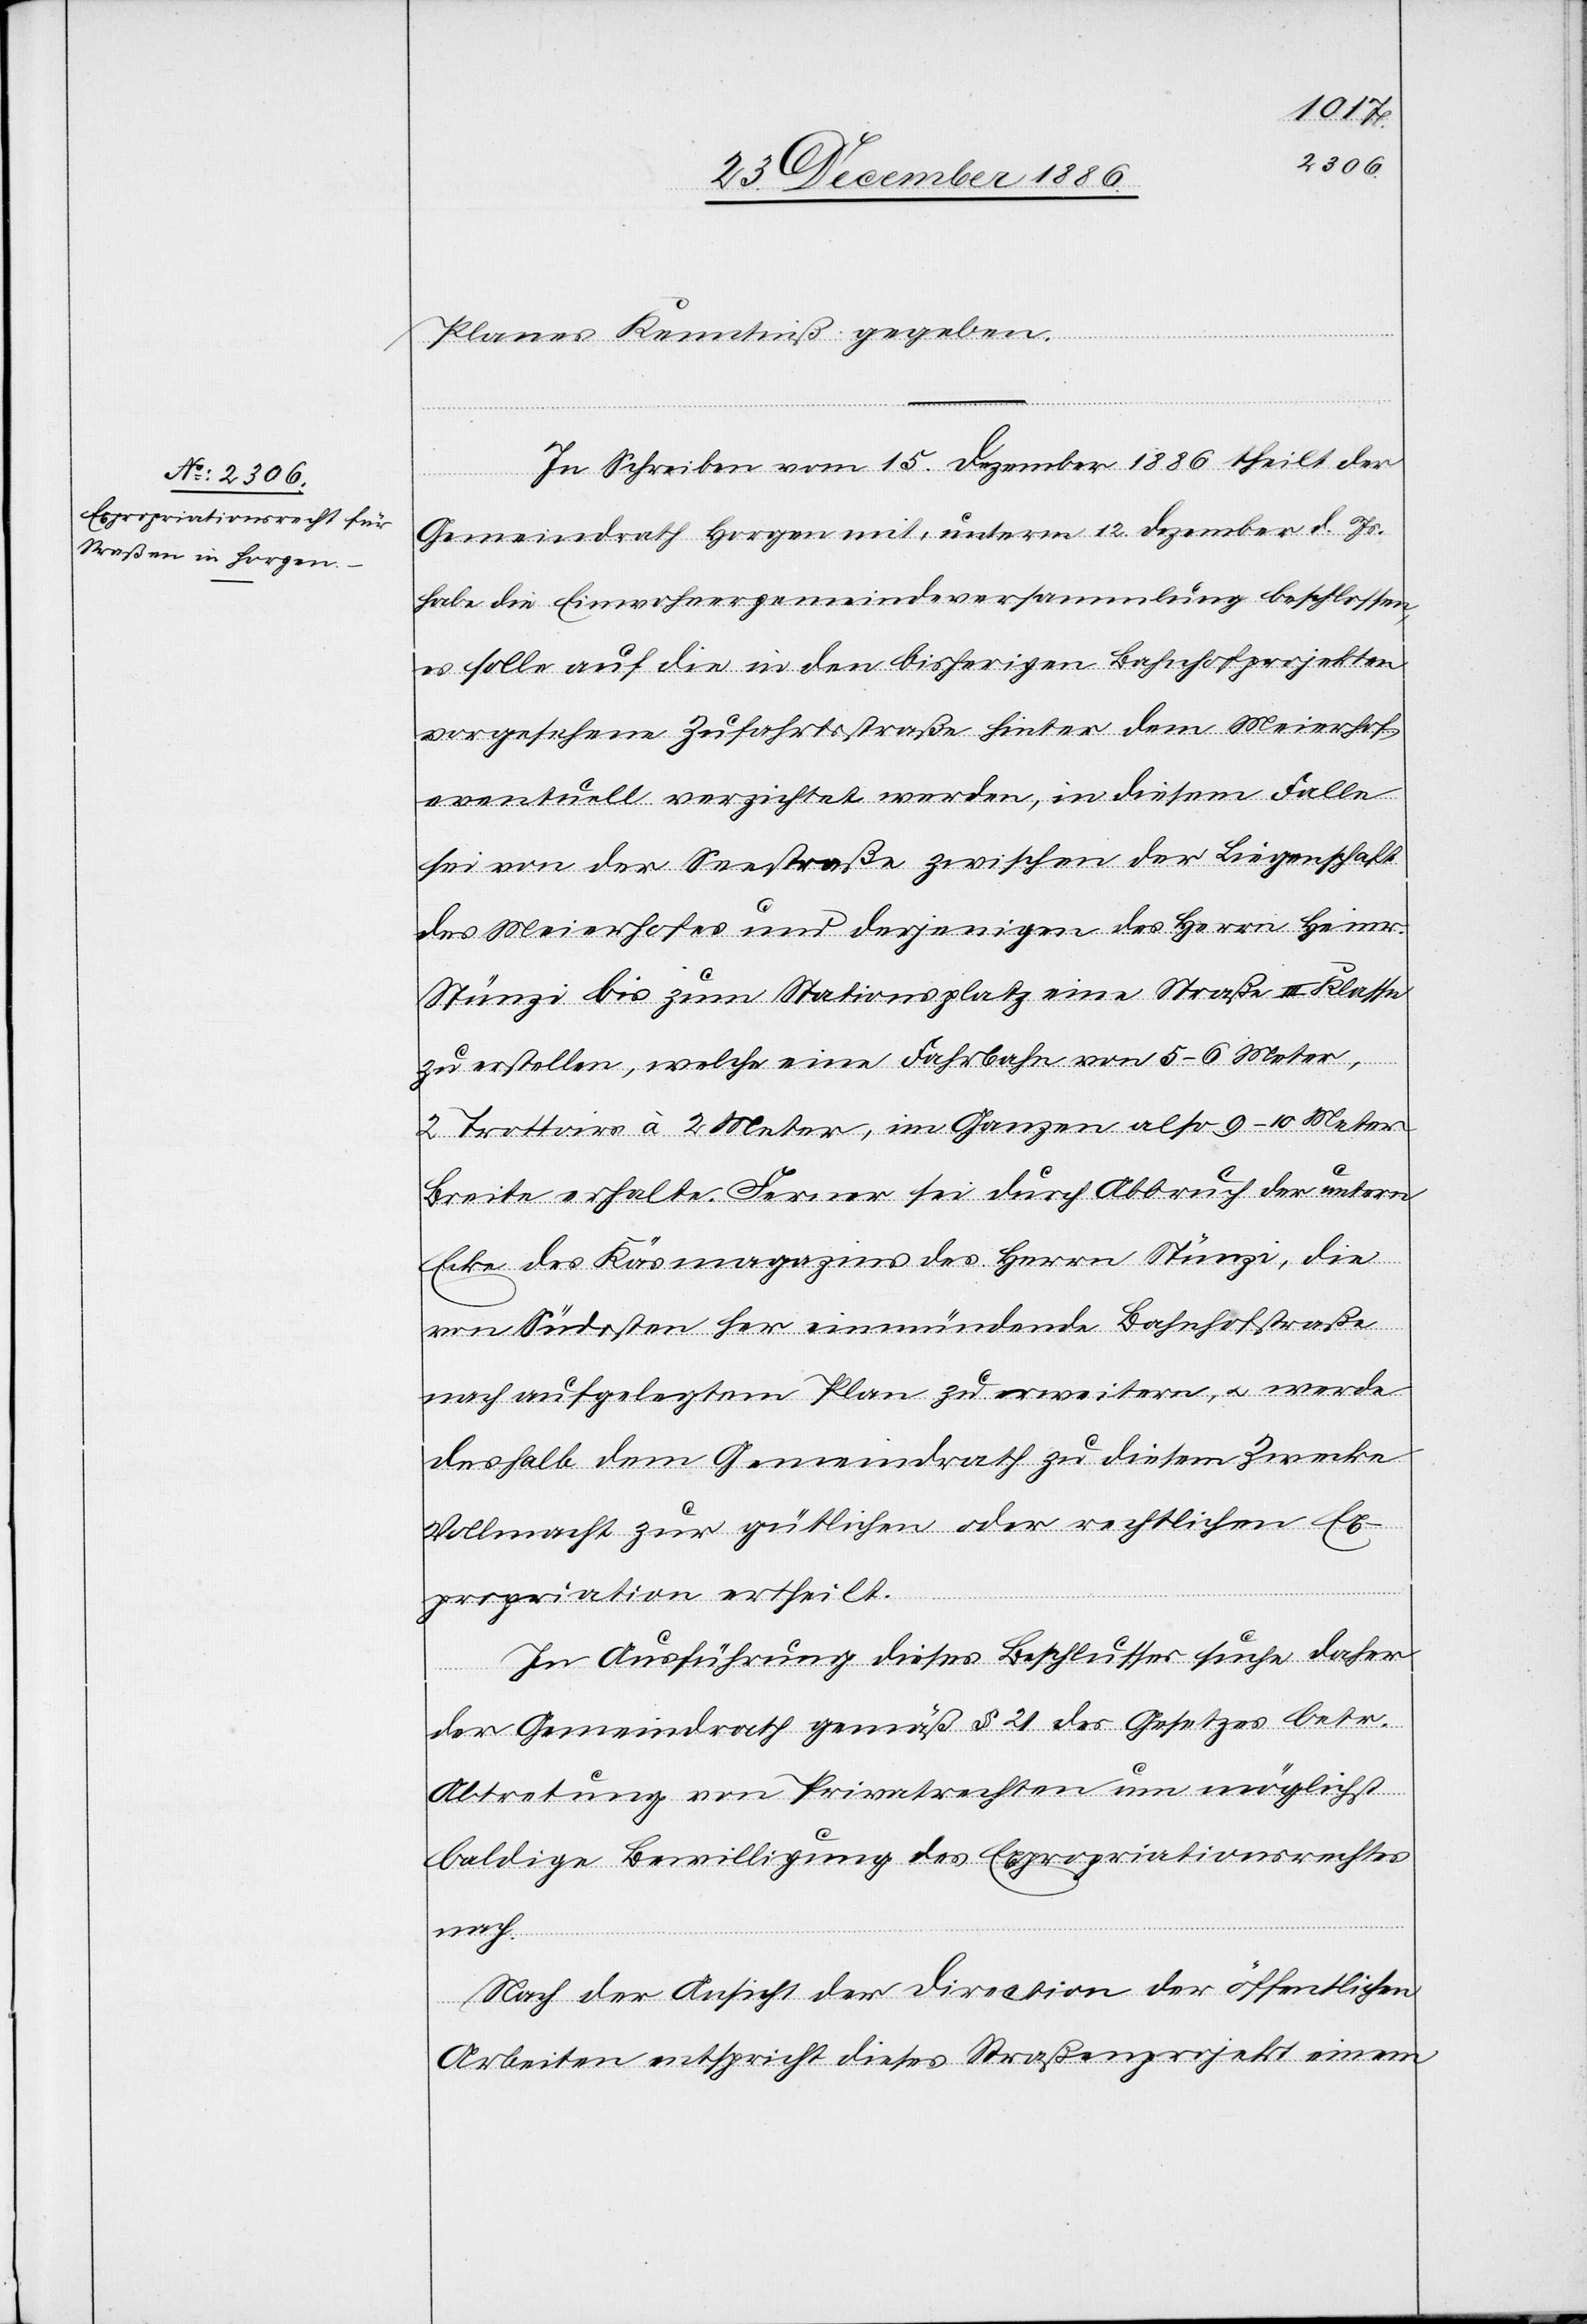
Planes Kenntniß gegeben.
In Schreiben vom 15. Dezember 1886 theilt der
Gemeindrath Horgen mit, unterm 12. Dezember d. Js.
habe die Einwohnergemeindeversammlung beschlossen,
es solle auf die in den bisherigen Bahnhofprojekten
vorgesehene Zufahrtsstraße hinter dem Meierhof
eventuell verzichtet werden, in diesem Falle
sei von der Seestraße zwischen der Liegenschaft
des Meierhofes und derjenigen des Herrn Heinr.
Stünzi bis zum Stationsplatz eine Straße III. Klasse
zu erstellen, welche eine Fahrbahn von 5–6 Meter,
2 Trottoirs à 2 Meter, im Ganzen also 9–10 Meter
Breite erhalte. Ferner sei durch Abbruch der untern
Ecke des Käsmagazins des Herrn Stünzi, die
von Südosten her einmündende Bahnhofstraße
nach aufgelegtem Plan zu erweitern, & werde
deshalb dem Gemeindrath zu diesem Zwecke
Vollmacht zur gütlichen oder rechtlichen Ex¬
propriation ertheilt.
In Ausführung dieses Beschlusses suche daher
der Gemeindrath gemäß § 21 des Gesetzes betr.
Abtretung von Privatrechten um möglichst
baldige Bewilligung des Expropriationsrechtes
nach.
Nach der Ansicht der Direction der öffentlichen
Arbeiten entspricht dieses Straßenprojekt einem